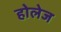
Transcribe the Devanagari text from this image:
होलेज